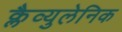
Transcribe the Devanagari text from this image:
क्लैव्युलेनिक